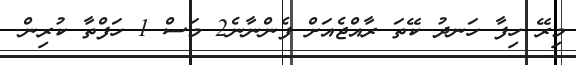
މިރޭ ހިފާ ހަނދު ކޭތަ ރާއްޖެއަށް ފެންނާނެ2 މަސް 1 ހަފްތާ ކުރިން.